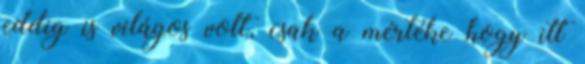
eddig is világos volt, csak a mértéke hogy itt